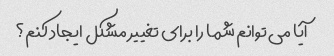
آیا می توانم شما را برای تغییر مشکل ایجاد کنم؟